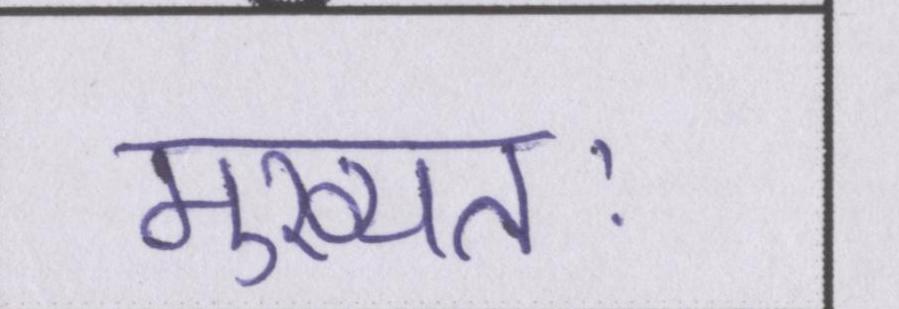
मुख्यतः